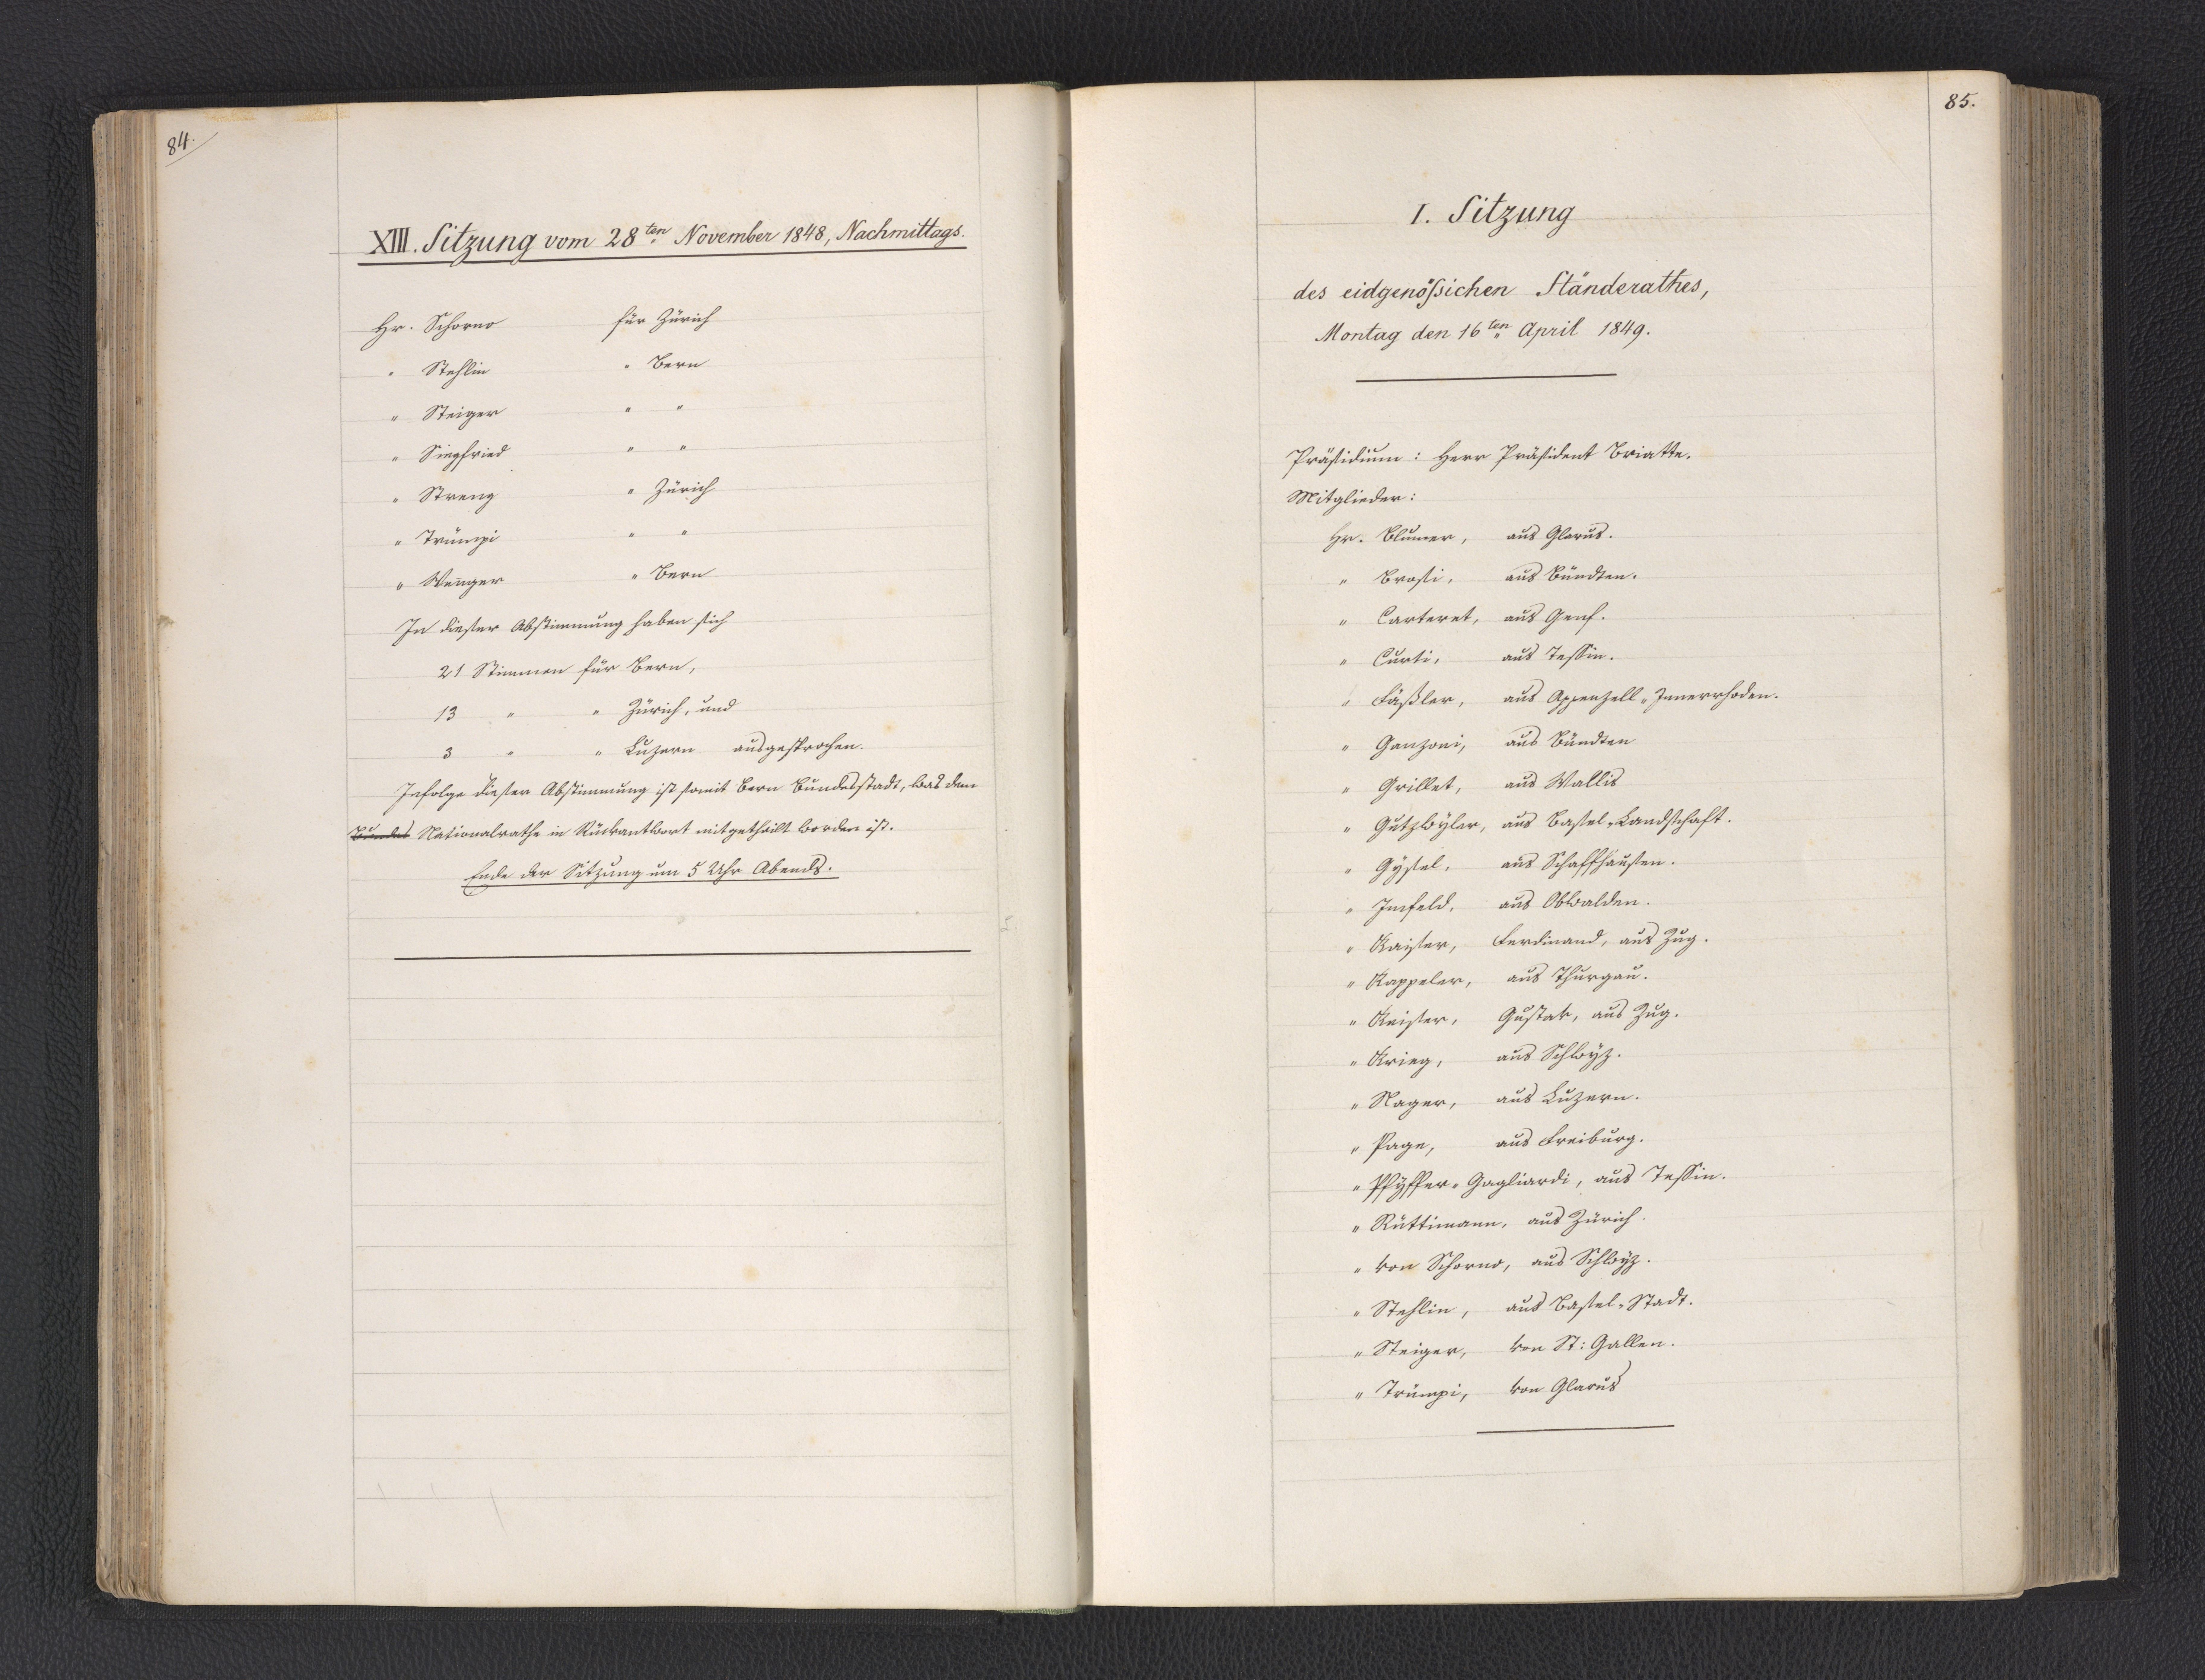
84.

XIII. Sitzung vom 28ten November 1848, Nachmittags.

Hr. Schorno für Zürich
Hr. Stehlin für Bern
Hr. Steiger für Bern
Hr. Siegfried für Bern
Hr. Streng für Zürich
Hr. Trümpi für Zürich
Hr. Wenger für Bern
In dieser Abstimmung haben sich
21 Stimmen für Bern,
13 Stimmen für Zürich, und
3 Stimmen für Luzern ausgesprochen.
Infolge dieser Abstimmung ist somit Bern Bundesstadt, was dem
Bundes Nationalrathe in Rückantwort mitgetheilt worden ist.
Ende der Sitzung um 5 Uhr Abends.